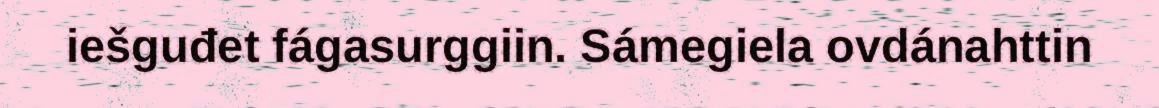
iešguđet fágasurggiin. Sámegiela ovdánahttin